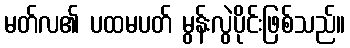
မတ်လ၏ ပထမပတ် မွန်းလွဲပိုင်းဖြစ်သည်။